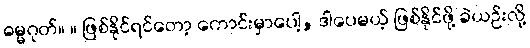
ဓမ္မဂုတ်။ ။ ဖြစ်နိုင်ရင်တော့ ကောင်းမှာပေါ့, ဒါပေမယ့် ဖြစ်နိုင်ဖို့ ခဲယဉ်းလို့